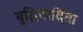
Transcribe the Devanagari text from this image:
बुद्धिवादिता